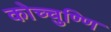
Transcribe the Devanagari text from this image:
कोच्चुण्णि